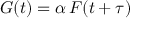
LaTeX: G ( t ) = \alpha \, F ( t + \tau )